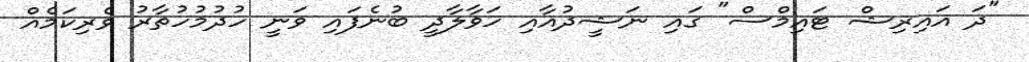
"ދަ އައިރިޝް ޓައިމްސް" ގައި ނަޝީދުއާއި ހަވާލާދީ ބުނެފައި ވަނީ ހުދުމުހުތާރު ވެރިކަމެއް